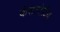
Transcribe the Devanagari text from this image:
कंसल्टेटिव